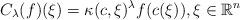
LaTeX: \begin{gather*} C_\lambda(f)(\xi) = \kappa(c,\xi)^\lambda f(c(\xi)),\xi \in \mathbb R^n\end{gather*}